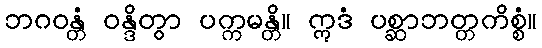
ဘဂဝန္တံ ဝန္ဒိတွာ ပက္ကမန္တိ။ ဣဒံ ပစ္ဆာဘတ္တကိစ္စံ။